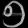
Digit: ၅